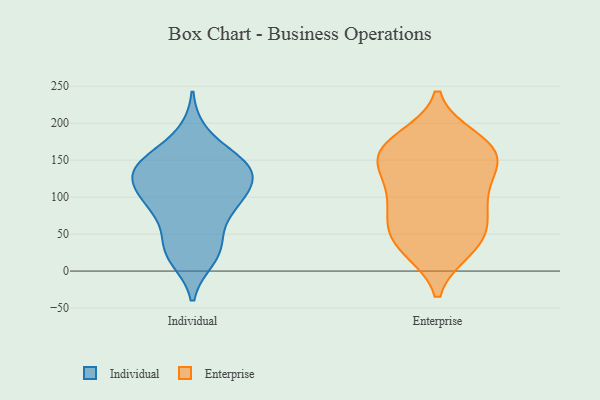
{"axis": {"x": "Population (Million)", "y": "Value"}, "legend": ["Enterprise", "Individual"], "data": [{"x": "", "y": 152, "type": "Individual"}, {"x": "", "y": 45, "type": "Individual"}, {"x": "", "y": 88, "type": "Individual"}, {"x": "", "y": 138, "type": "Individual"}, {"x": "", "y": 27, "type": "Individual"}, {"x": "", "y": 99, "type": "Individual"}, {"x": "", "y": 18, "type": "Individual"}, {"x": "", "y": 134, "type": "Individual"}, {"x": "", "y": 134, "type": "Individual"}, {"x": "", "y": 134, "type": "Individual"}, {"x": "", "y": 185, "type": "Individual"}, {"x": "", "y": 83, "type": "Individual"}, {"x": "", "y": 143, "type": "Individual"}, {"x": "", "y": 27, "type": "Individual"}, {"x": "", "y": 139, "type": "Individual"}, {"x": "", "y": 100, "type": "Individual"}, {"x": "", "y": 99, "type": "Individual"}, {"x": "", "y": 166, "type": "Enterprise"}, {"x": "", "y": 121, "type": "Enterprise"}, {"x": "", "y": 71, "type": "Enterprise"}, {"x": "", "y": 30, "type": "Enterprise"}, {"x": "", "y": 139, "type": "Enterprise"}, {"x": "", "y": 98, "type": "Enterprise"}, {"x": "", "y": 165, "type": "Enterprise"}, {"x": "", "y": 166, "type": "Enterprise"}, {"x": "", "y": 99, "type": "Enterprise"}, {"x": "", "y": 74, "type": "Enterprise"}, {"x": "", "y": 43, "type": "Enterprise"}, {"x": "", "y": 178, "type": "Enterprise"}, {"x": "", "y": 48, "type": "Enterprise"}, {"x": "", "y": 143, "type": "Enterprise"}, {"x": "", "y": 161, "type": "Enterprise"}, {"x": "", "y": 31, "type": "Enterprise"}]}